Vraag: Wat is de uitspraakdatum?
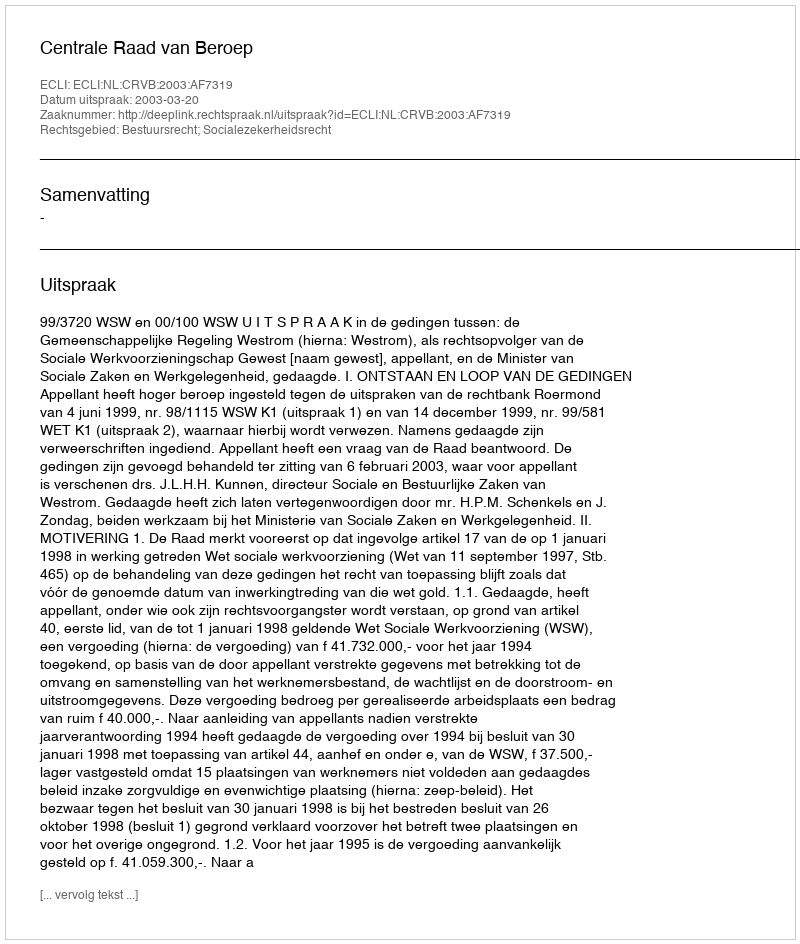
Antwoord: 2003-03-20